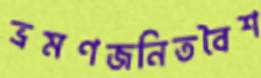
ভ্রমণজনিতবৈশ